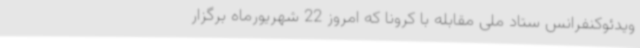
ویدئوکنفرانس ستاد ملی مقابله با کرونا که امروز 22 شهریورماه برگزار